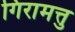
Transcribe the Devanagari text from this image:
गिरामत्तु